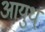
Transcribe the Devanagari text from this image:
आयुध्